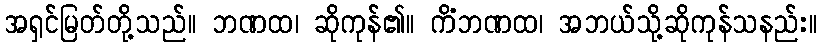
အရှင်မြတ်တို့သည်။ ဘဏထ၊ ဆိုကုန်၏။ ကိံဘဏထ၊ အဘယ်သို့ဆိုကုန်သနည်း။